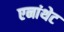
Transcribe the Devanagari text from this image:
एनांथेट